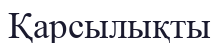
Қарсылықты